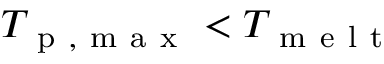
T _ { \mathrm { ~ p ~ , ~ m ~ a ~ x ~ } } < T _ { \mathrm { ~ m ~ e ~ l ~ t ~ } }